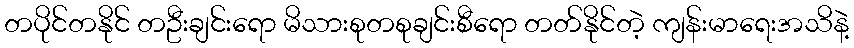
တပိုင်တနိုင် တဦးချင်းရော မိသားစုတစုချင်းစီရော တတ်နိုင်တဲ့ ကျန်းမာရေးအသိနဲ့